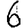
Digit: 6